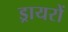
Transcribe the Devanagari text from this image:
ड्रायरों